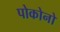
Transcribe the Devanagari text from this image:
पोकोनो